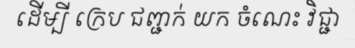
ដើម្បី ក្រេប ជញ្ជក់ យក ចំណេះ វិជ្ជា